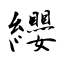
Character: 纓